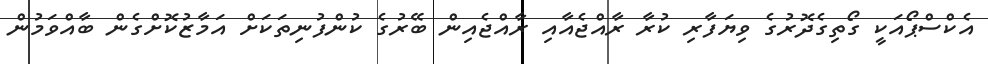
އެކްސްޕޯއަކީ ގޯތިގެދޮރުގެ ވިޔަފާރި ކުރާ ރާއްޖެއާއި ރާއްޖެއިން ބޭރުގެ ކުންފުނިތަކަށް އަމާޒުކޮށްގެން ބާއްވަމުން